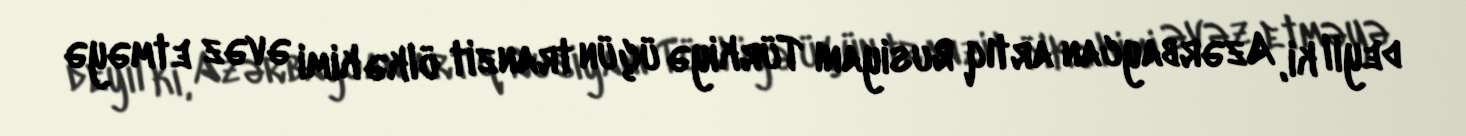
deyil ki, Azərbaycan artıq Rusiyanı Türkiyə üçün tranzit ölkə kimi əvəz etməyə